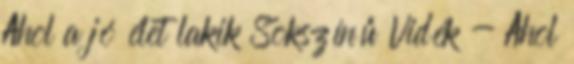
Ahol a jó élet lakik Sokszínű Vidék - Ahol